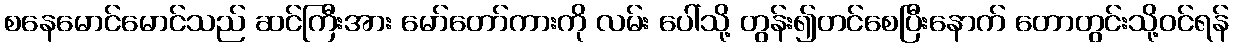
စနေမောင်မောင်သည် ဆင်ကြီးအား မော်တော်ကားကို လမ်း ပေါ်သို့ တွန်း၍တင်စေပြီးနောက် တောတွင်းသို့ဝင်ရန်